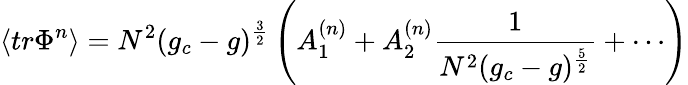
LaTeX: \langle tr\Phi^{n}\rangle=N^{2}(g_{c}-g)^{\frac{3}{2}}\left(A_{1}^{(n)}+A_{2}^{(n)}\frac{1}{N^{2}(g_{c}-g)^{\frac{5}{2}}}+\cdots\right)